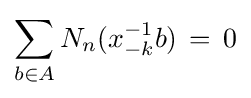
\sum _{b\in A}N_{n}(x_{-k}^{-1}b)\,=\,0